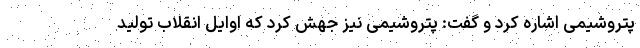
پتروشیمی اشاره کرد و گفت: پتروشیمی نیز جهش کرد که اوایل انقلاب تولید